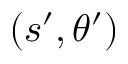
( s ^ { \prime } , \theta ^ { \prime } )